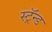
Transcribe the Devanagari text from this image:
स्ट्रॅन्ड